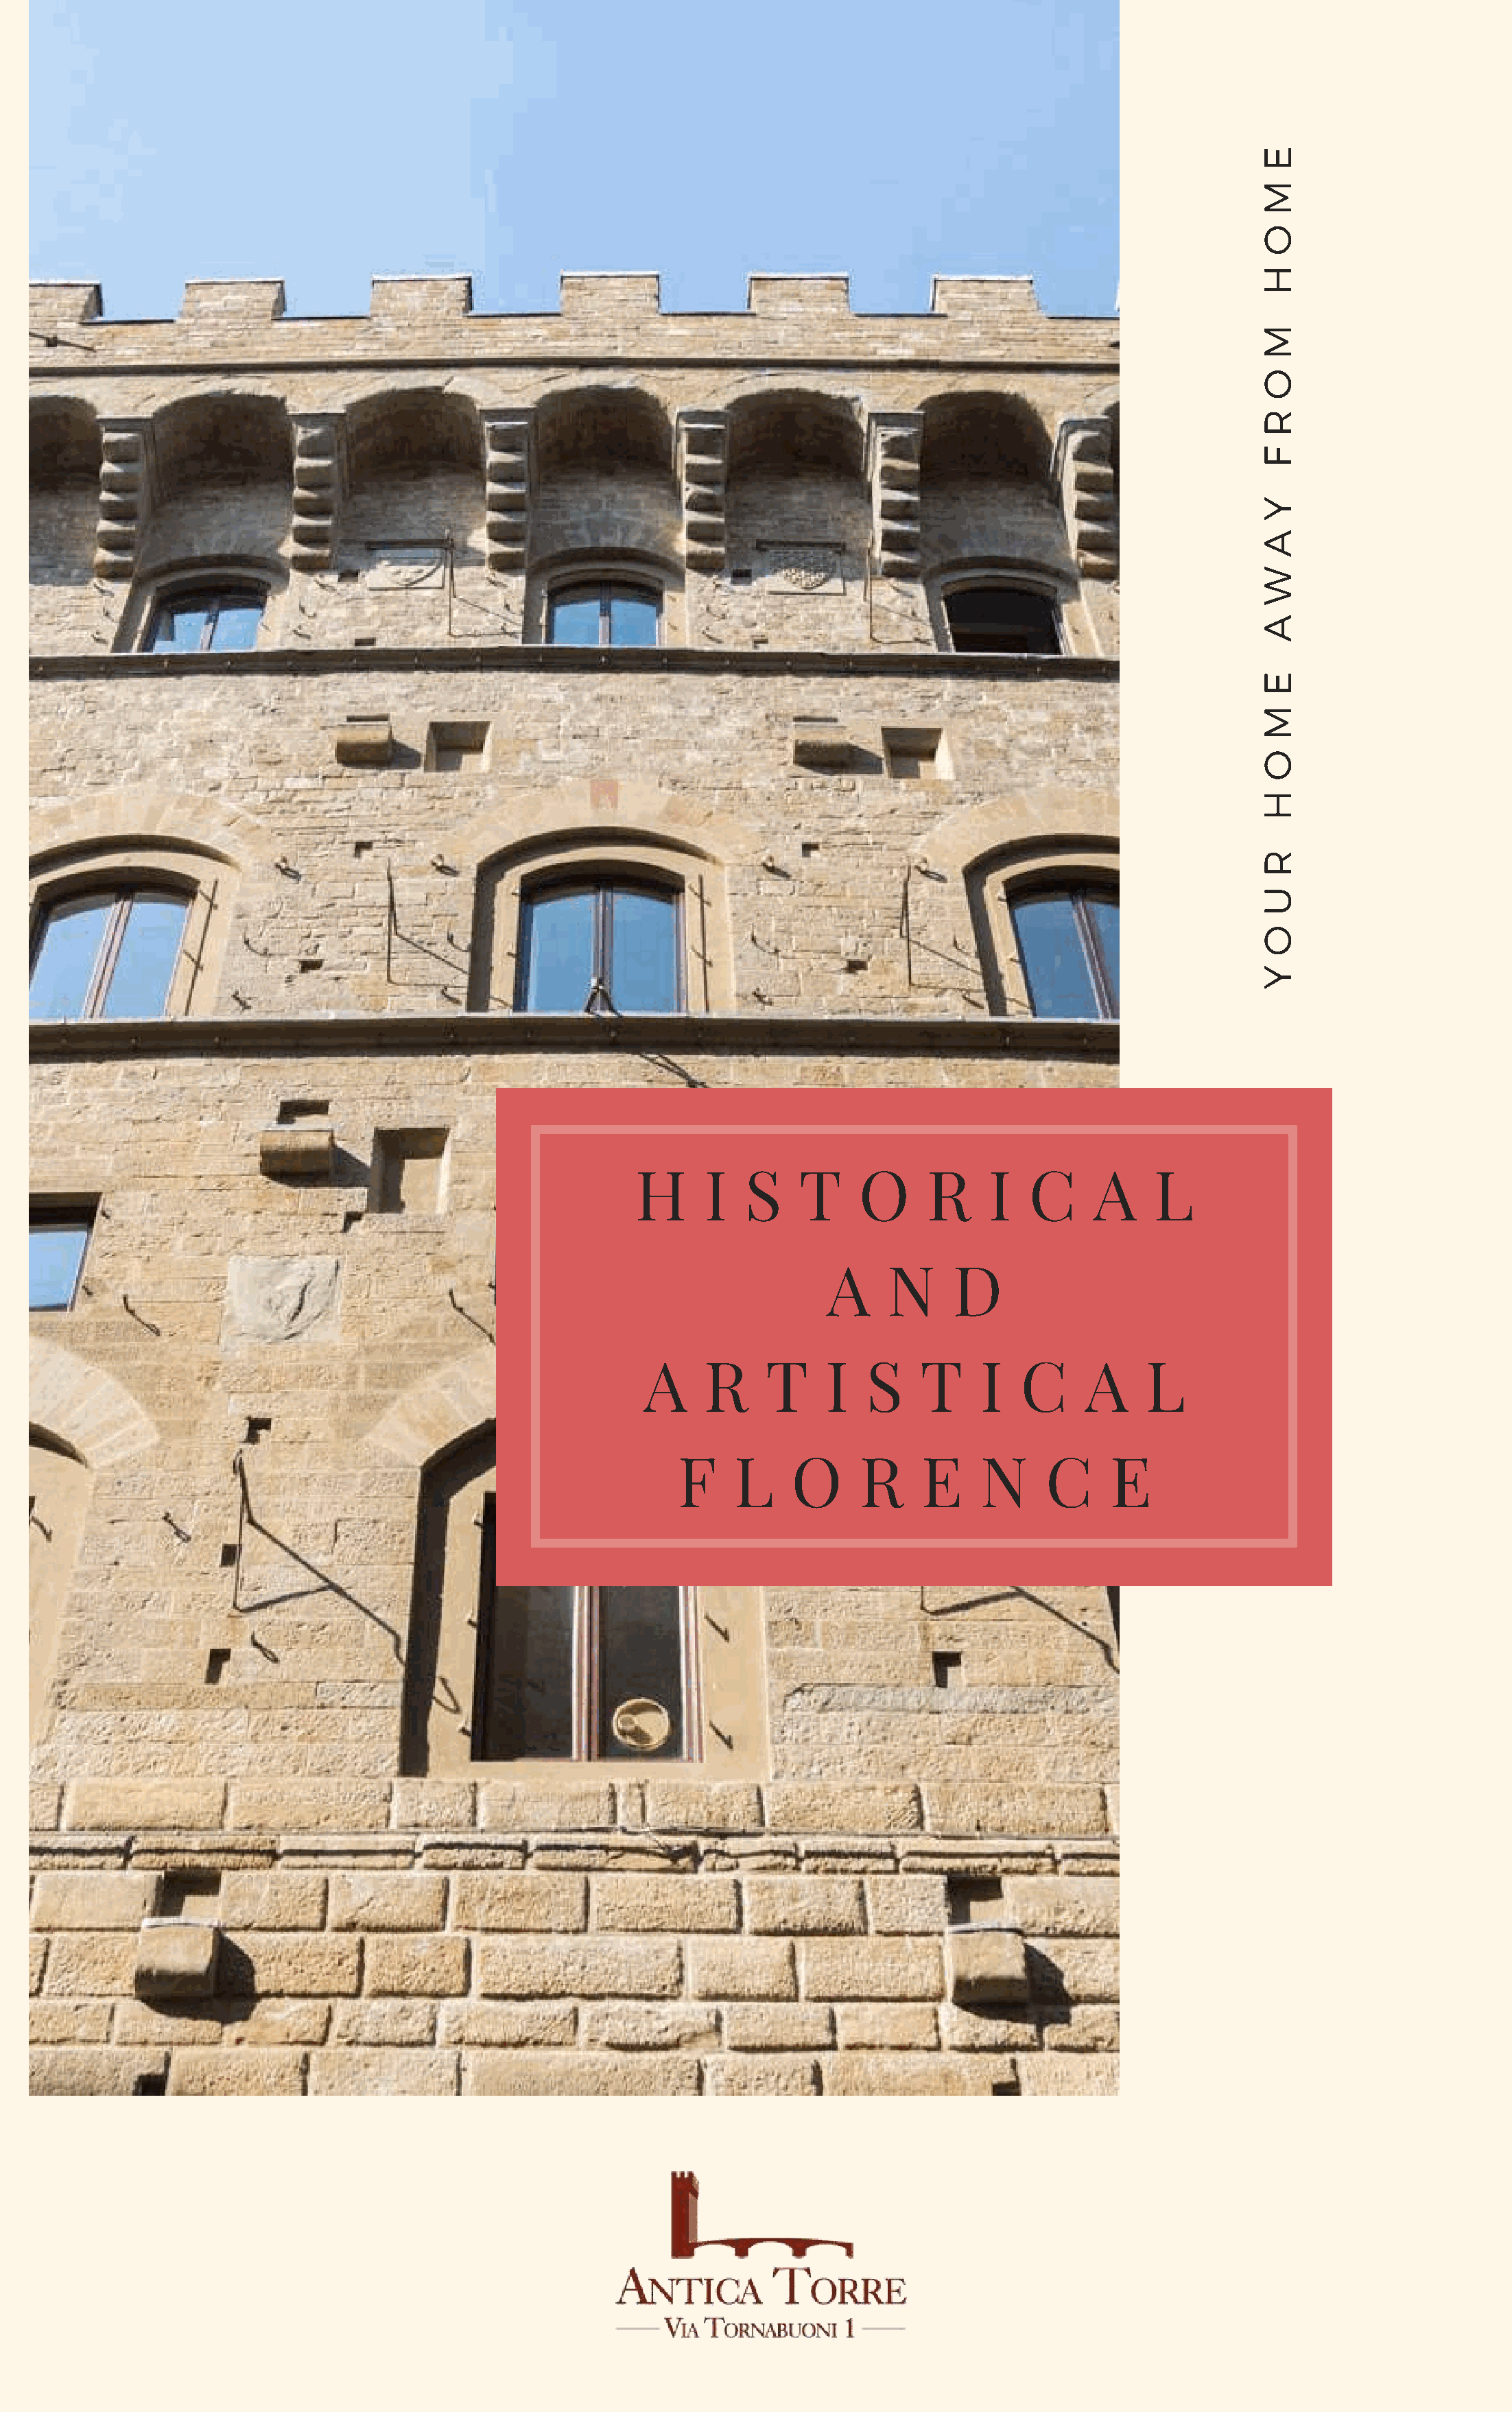
E
 M
 O
 H
 M
 O
 R
 F
 Y
 A
 W
 A
 E
 M
 O
 H
 R
 U
 O
 Y
 H      I   S    T     O     R     I   C     A     L
 A     N     D
 A     R     T     I   S    T     I  C      A    L
 F     L    O      R     E     N     C     E